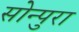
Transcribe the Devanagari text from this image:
सोन्पुरा